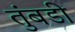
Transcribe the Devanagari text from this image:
तुंबडी